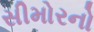
સીમોરનો